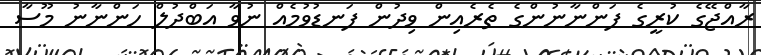
ރާއްޖޭގެ ކުރީގެ ފަންނާނުންގެ ތެރެއިން ވިދުން ފަނޑުވުމެއް ނުވާ އަބްދުލް ހަންނާނު މޫސާ